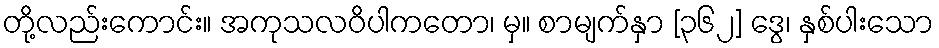
တို့လည်းကောင်း။ အကုသလဝိပါကတော၊ မှ။ စာမျက်နှာ [၃၆၂] ဒွေ၊ နှစ်ပါးသော